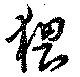
猥